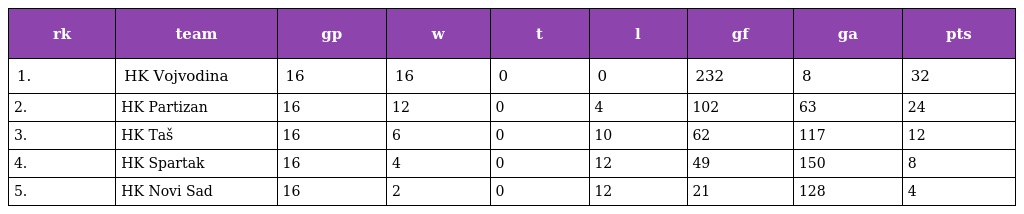
| rk | team | gp | w | t | l | gf | ga | pts |
 | --- | --- | --- | --- | --- | --- | --- | --- | --- |
 | 1. | HK Vojvodina | 16 | 16 | 0 | 0 | 232 | 8 | 32 |
 | 2. | HK Partizan | 16 | 12 | 0 | 4 | 102 | 63 | 24 |
 | 3. | HK Taš | 16 | 6 | 0 | 10 | 62 | 117 | 12 |
 | 4. | HK Spartak | 16 | 4 | 0 | 12 | 49 | 150 | 8 |
 | 5. | HK Novi Sad | 16 | 2 | 0 | 12 | 21 | 128 | 4 |